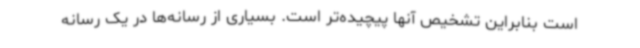
است بنابراین تشخیص آنها پیچیده‌تر است. بسیاری از رسانه‌ها در یک رسانه